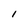
Character: I